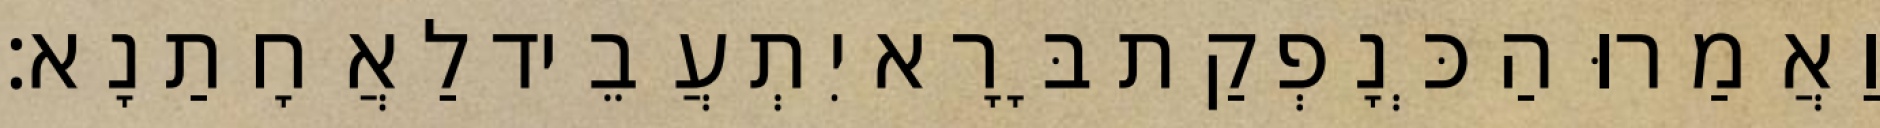
וַאֲמַרוּ הַכְּנָפְקַת בָּרָא יִתְעֲבֵיד לַאֲחָתַנָא׃